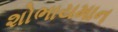
શોભાયમાન